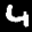
Label: 4